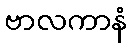
ဗာလကာနံ